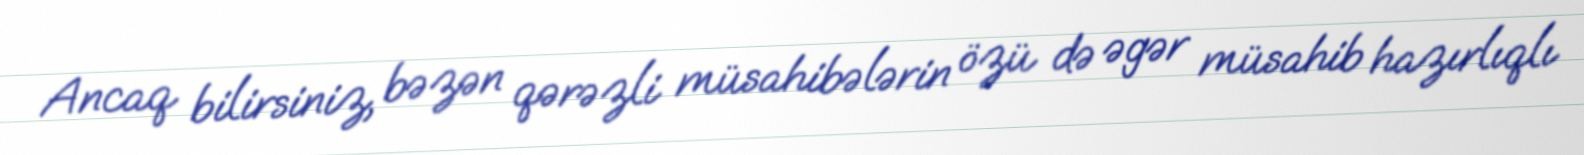
Ancaq bilirsiniz, bəzən qərəzli müsahibələrin özü də əgər müsahib hazırlıqlı